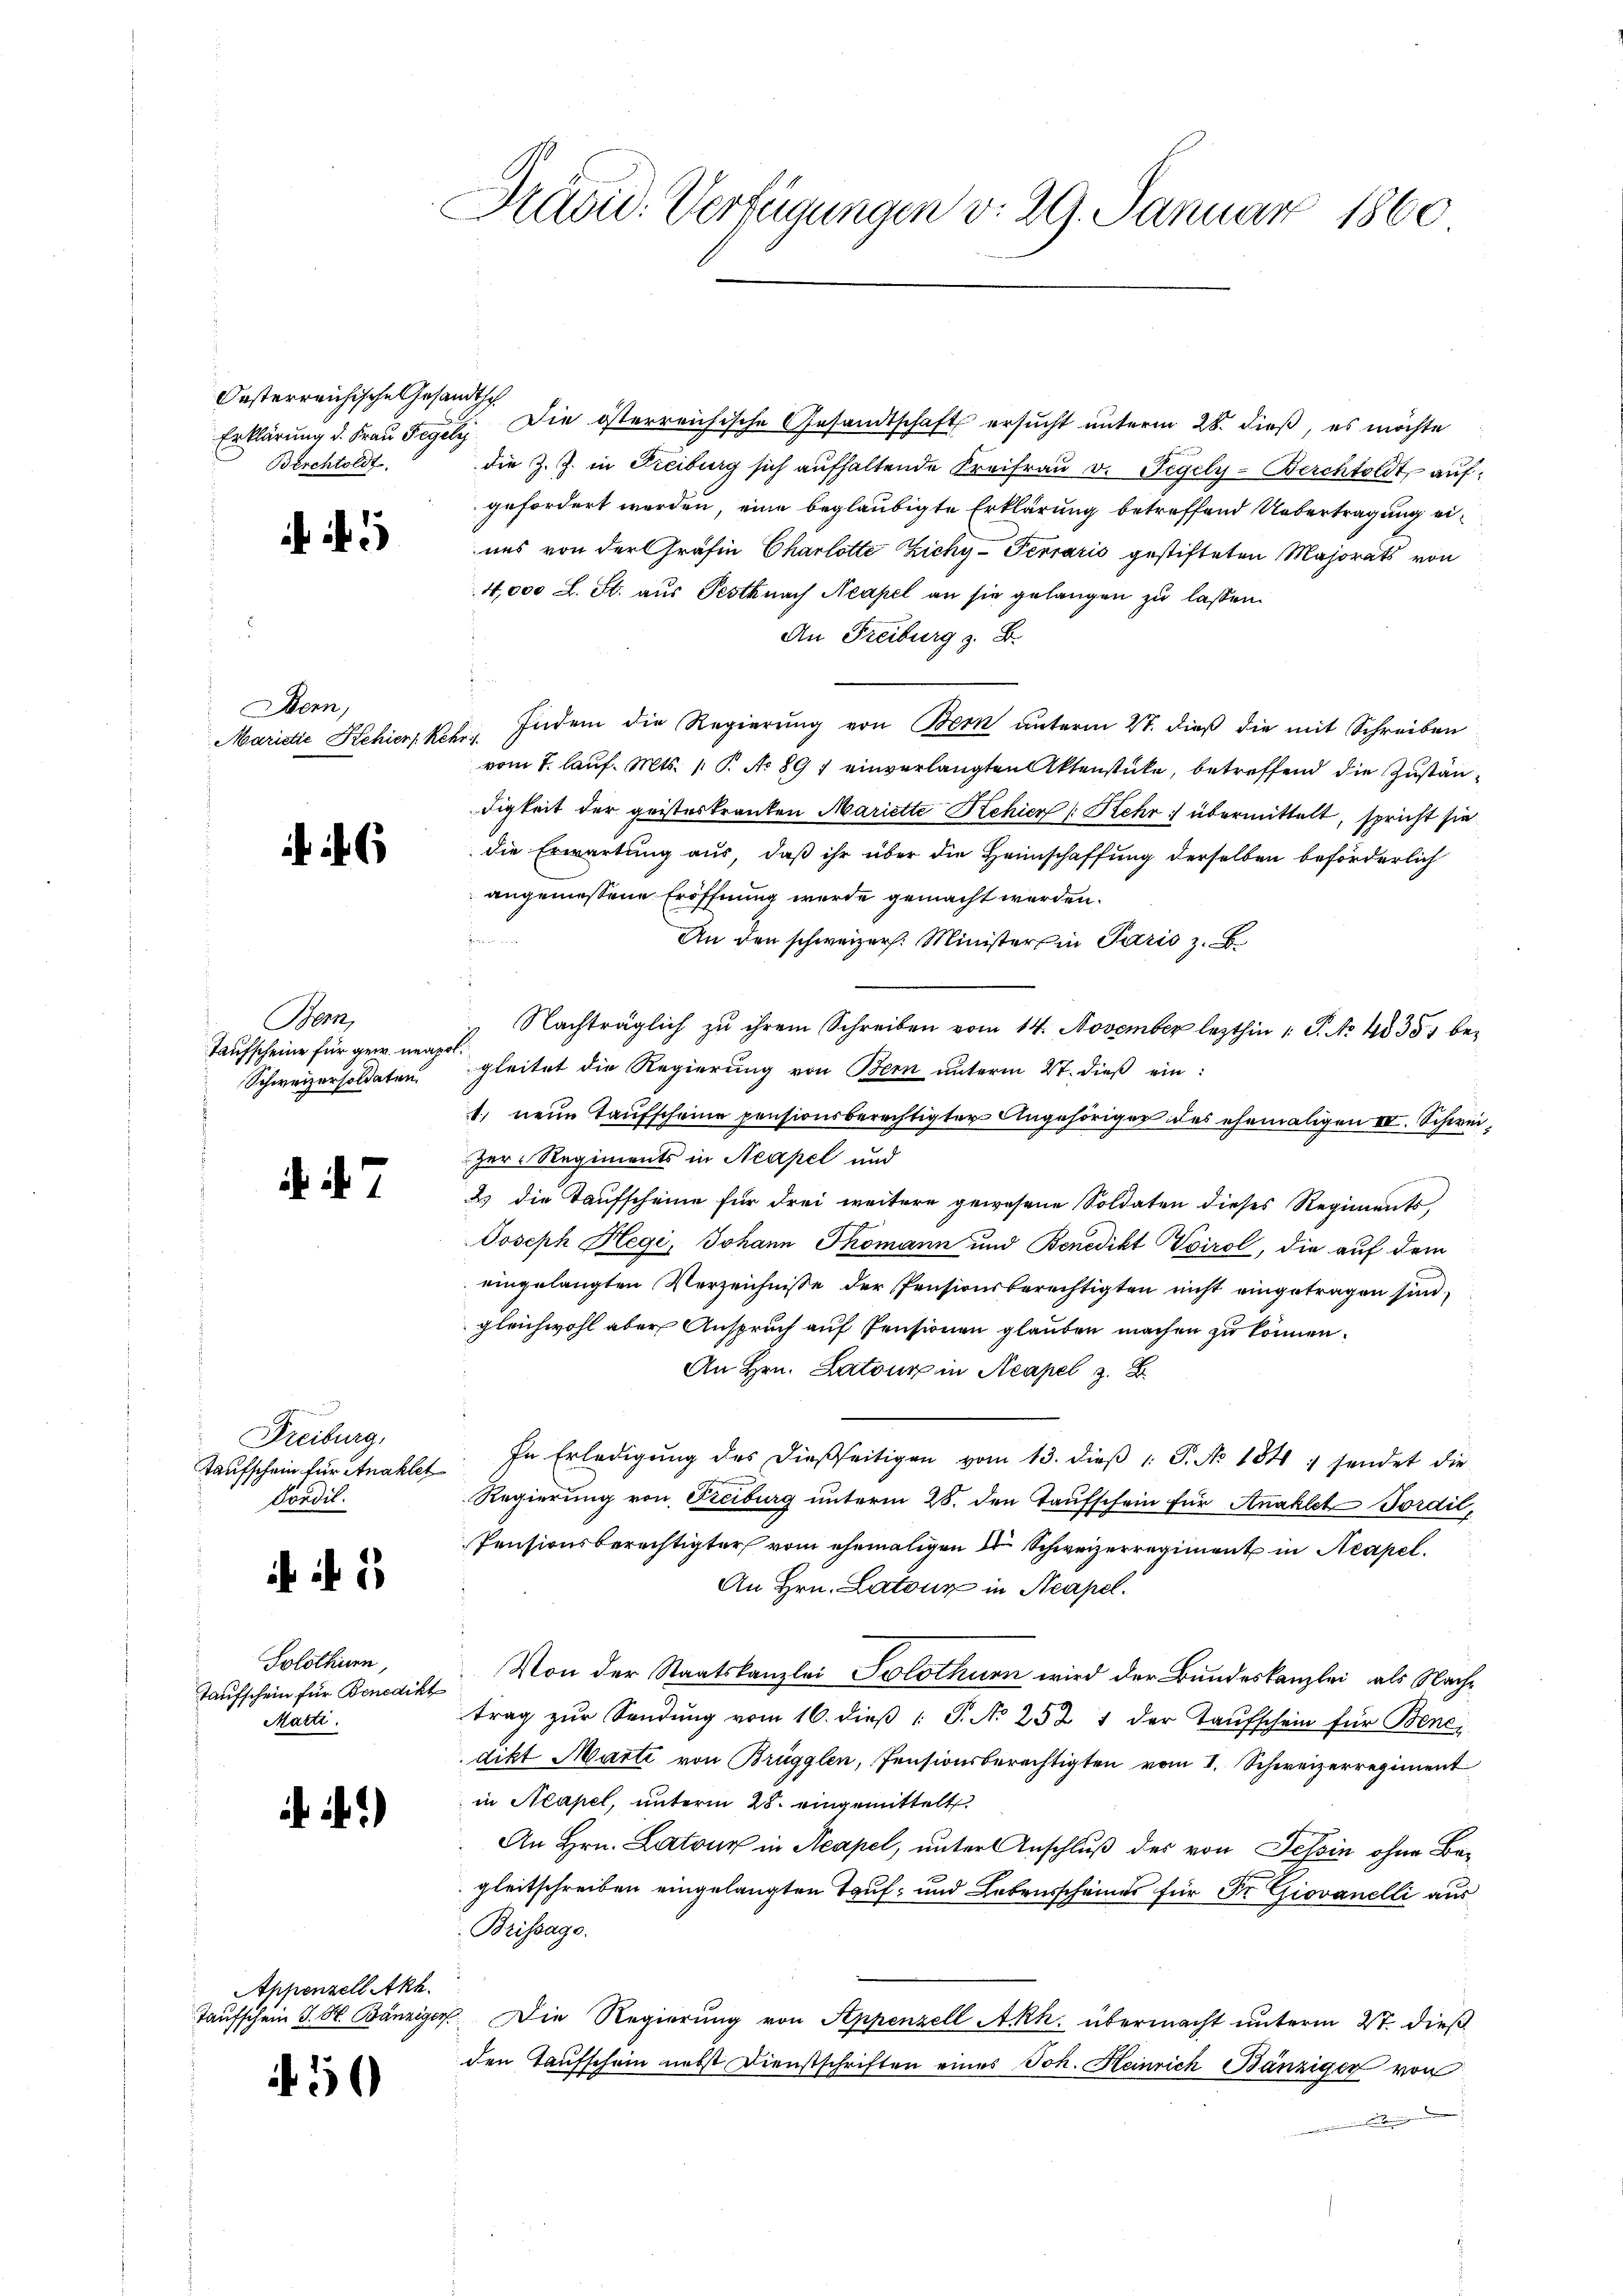
Oasterreichische Gesandtsch
Berchtoldt

5

Bern,
Maristie Kehier   Keh

6

Bern,
Taufscheine für gew. neape
Schweizersoldaten.

. 7

Freiburg,
taufschein für Anaklet
Dondil.

i i 1

Solothurn,
Taufschein für Benedikt
Marti.

i.)

Appenzell Akh.
Taufschein J. H. Bänziger,

50

Frau. Verfügungen v. 29. Januar 1860

Erklärung d. Frau Tegel. Die österreichische Gesandtschaft ersucht unterm 28. dieß, es möchte
die Z. Z. in Freiburg sich aufhaltende Kreifraŭ v. Tegely-Berchtoldt, aufgefordert werden, eine beglaubigte Erklärung betreffend Uebertragung eiuns von der Gräfin Charlotte Zichy-Perraris gestifteten Majorats von
4,000 L. St. aus Pestknach Neapel an sie gelangen zu lassen.
An Freiburg z. B.
Indem die Regierung von Bern unterm 27. dieß die mit Schreiben
Bris
vom 7. lauf. Mts. 1. P. No 897 einverlangten Aktenstücke, betreffend die Zuständigkeit der geisteskranken Mariette Schien (Sehr übermittelt, spricht sie
die Erwartung aus, daß ihr über die Heimschaffung derselben beförderlich
angemessene Eröffnung wurde gemacht werden.
u
An den schweizer. Ministers in Paris z. B
Nachträglich zu ihrem Schreiben vom 14. November lezthin 1 S. No 48353 begleitet die Regierung von Bern unterm 27. dieß ein:
1) neue Taufscheine pensionsberechtigter Angehöriger des ehemaligen III. Schweizer-Regiments in Neapel und
2 die Taufscheine für drei weitere gewesene Soldaten dieses Regiments,
Joseph Hegi, Johann Thomann und Benedikt Tirol, die auf dem
eingelangten Verzeichnisse der Pensionsberechtigten nicht eingetragen sind,
gleichwohl aber Anspruch auf Pensionen glauben machen zu können.
An Hrn. Latour in Neapel 3. B
In Erledigung des dießseitigen vom 13. dieβ 1: P. Nr. 1841 ; sendet die
Regierung von Freiburg unterm 28. den Taufschein für Anaklet-Tordil,
Pensionsberechtigter vom ehemaligen der Schweizerregiment in Neapel.
An Hrn. Latour in Neapel.
Von der Staatskanzlei Solothurn wird der Bundeskanzlei, als Nachtrag zŭr Sendung vom 16. dieβ (: P. No 252. 4 der Taufschein für Bone
dikt Marti von Brügglen, Pensionsberechtigten vom 1. Schweizerregiment
in Neapel, unterm 28. eingemittelt
An Hrn. Latour in Neapel, unter Anschluß des von Tessin ohne Begleitschreiben eingelangten Tauf- und Lebensscheines für Dr. Giovanelli aus
Brissage.
Die Regierung von Appenzell A.Rh. übermacht unterm 27. dieß
den Taufschein nebst Dienstschriften eines Joh. Heinrich Bänziger von